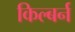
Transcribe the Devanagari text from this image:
किल्बर्न